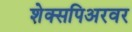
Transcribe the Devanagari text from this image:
शेक्सपिअरवर